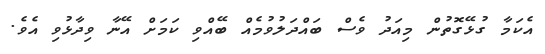
އެކަމާ ގުޅޭގޮތުން މިއަދު ވެސް ބައްދަލުވުމެއް ބޭއްވި ކަމަށް އޭނާ ވިދާޅުވި އެވެ.